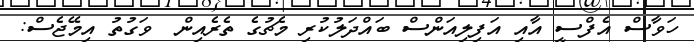
ހަވާސް އެފްސީ އާއި އަފިލިއަންސް ބައްދަލުކުރި މެޗުގެ ތެރެއިން  ވަގުތު އިމޭޖެސް: